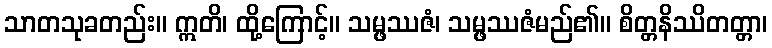
သာတသုခတည်း။ ဣတိ၊ ထို့ကြောင့်။ သမ္ဖဿဇံ၊ သမ္ဖဿဇံမည်၏။ စိတ္တနိဿိတတ္တာ၊